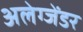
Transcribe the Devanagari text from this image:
अलेग्जेंडर